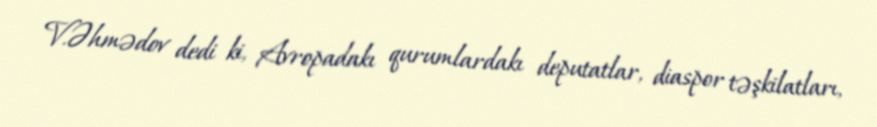
V.Əhmədov dedi ki, Avropadakı qurumlardakı deputatlar, diaspor təşkilatları,